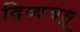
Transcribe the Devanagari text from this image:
दिव्यचक्षू